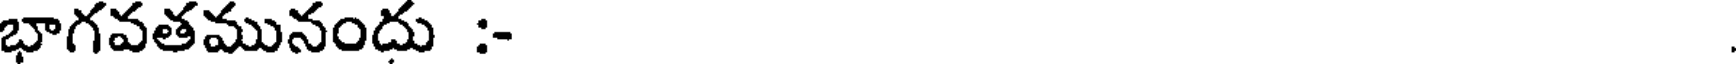
భాగవతమునందు :-